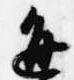
通